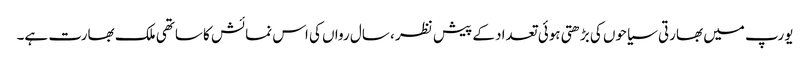
یورپ میں بھارتی سیاحوں کی بڑھتی ہوئی تعداد کے پیش نظر ، سال رواں کی اس نمائش کا ساتھی ملک بھارت ہے۔